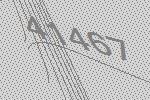
41467